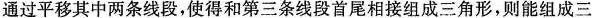
通过平移其中两条线段，使得和第三条线段首尾相接组成三角形，则能组成三